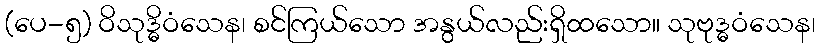
(ပေ-၅) ဝိသုဒ္ဓိဝံသေန၊ စင်ကြယ်သော အနွယ်လည်းရှိထသော။ သုဗုဒ္ဓဝံသေန၊